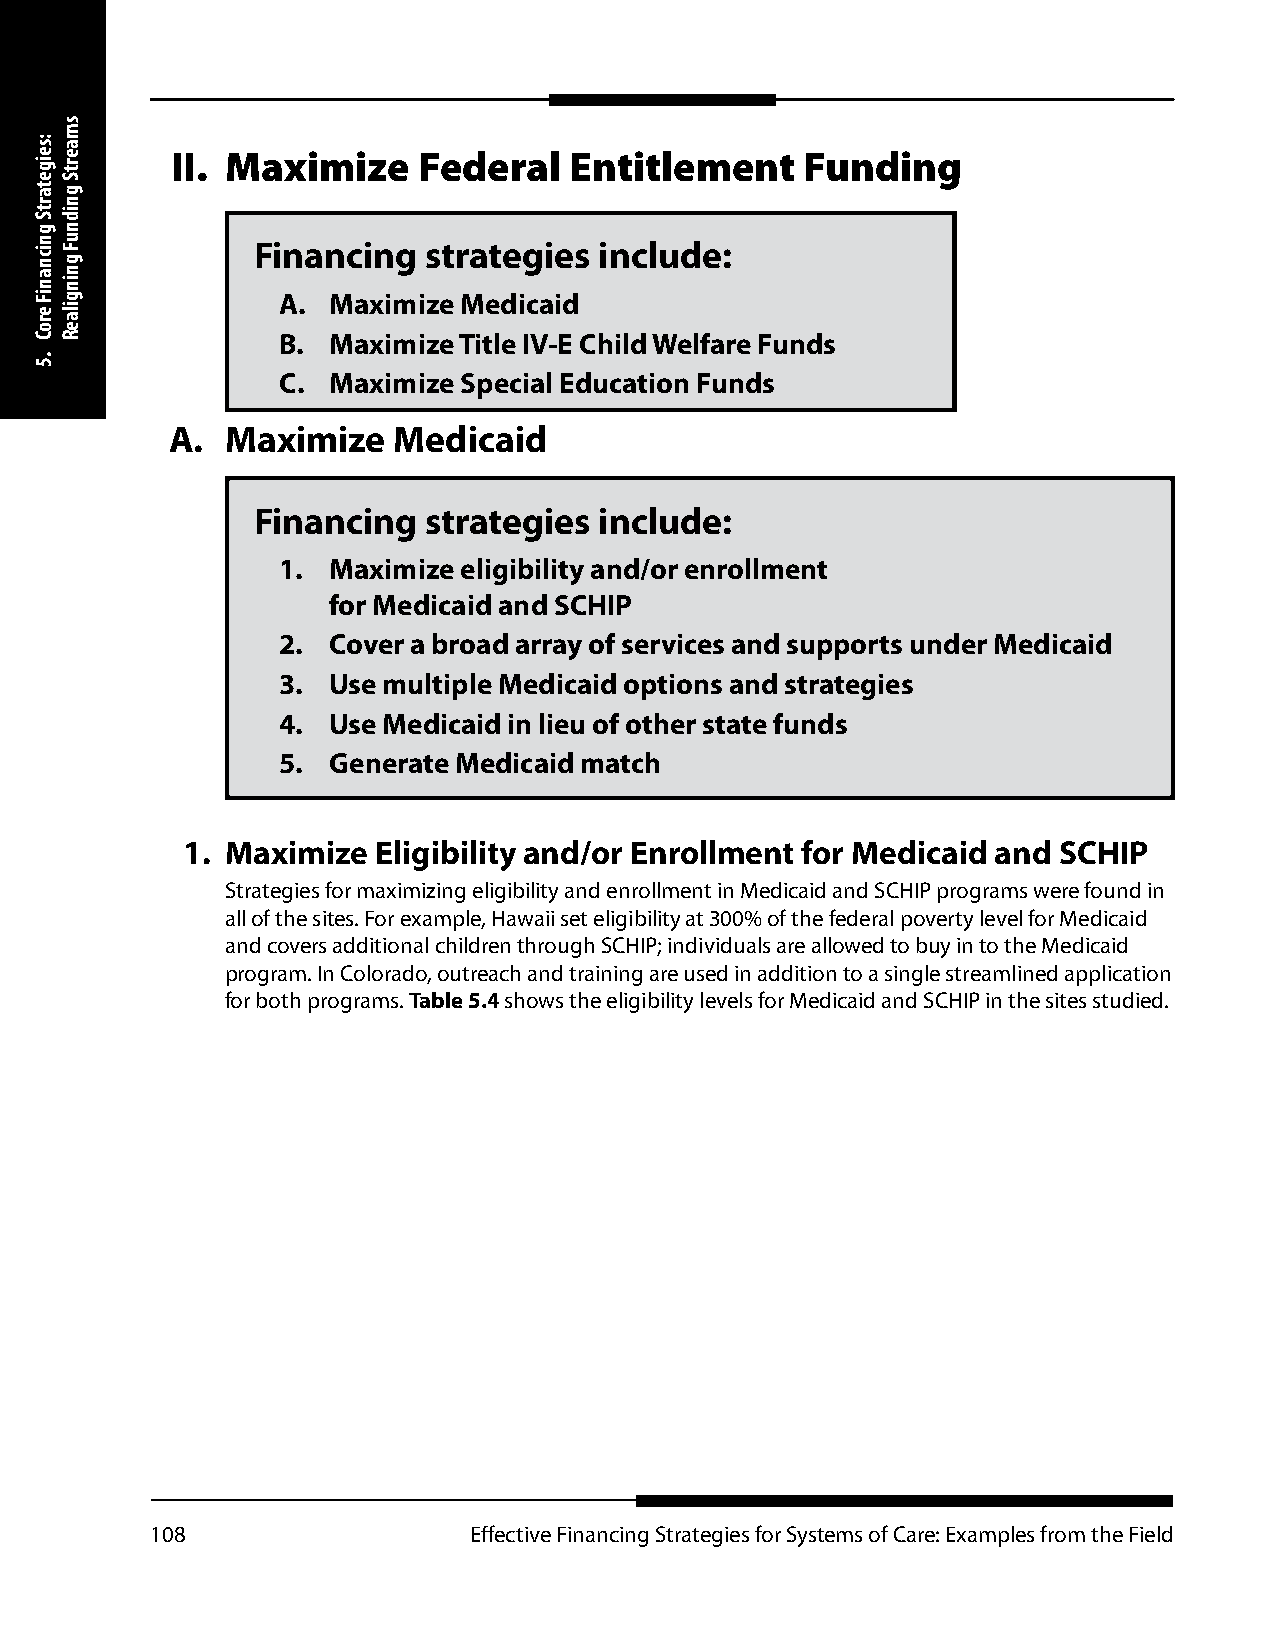
II. Maximize     Federal   Entitlement    Funding
 Financing  strategies  include:
 A.  Maximize Medicaid
 B.  Maximize Title IV-E Child Welfare Funds
 C.  Maximize Special Education Funds
 A.  Maximize   Medicaid
 Financing  strategies  include:
 1.  Maximize eligibility and/or enrollment
 for Medicaid and SCHIP
 2.  Cover a broad array of services and supports under Medicaid
 3.  Use multiple Medicaid options and strategies
 4.  Use Medicaid in lieu of other state funds
 5.  Generate Medicaid match
 1. Maximize  Eligibility and/or Enrollment for Medicaid and SCHIP
 Strategies for maximizing eligibility and enrollment in Medicaid and SCHIP programs were found in
 all of the sites. For example, Hawaii set eligibility at 300% of the federal poverty level for Medicaid
 and covers additional children through SCHIP; individuals are allowed to buy in to the Medicaid
 program. In Colorado, outreach and training are used in addition to a single streamlined application
 for both programs. Table 5.4 shows the eligibility levels for Medicaid and SCHIP in the sites studied.
 108                  Effective Financing Strategies for Systems of Care: Examples from the Field
 :seigetartS
 gnicnaniF
 eroC
 .5
 smaertS
 gnidnuF
 gningilaeR